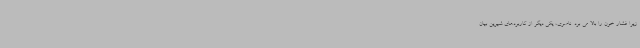
زیرا فشار خون را بالا می برد. ناصری، یکی دیگر از کاربردهای شیرین بیان